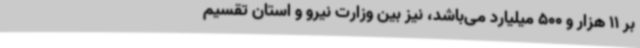
بر 11 هزار و 500 میلیارد می‌باشد، نیز بین وزارت نیرو و استان تقسیم